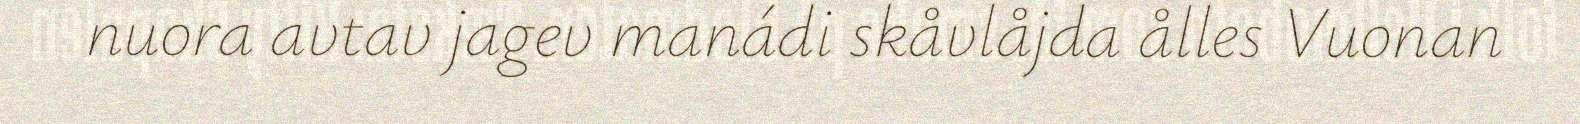
nuora avtav jagev manádi skåvlåjda ålles Vuonan